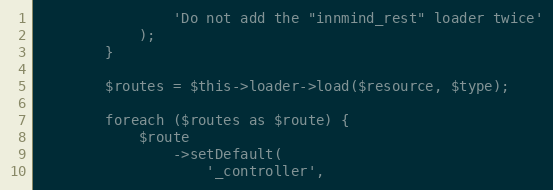
Language: PHP
                'Do not add the "innmind_rest" loader twice'
            );
        }

        $routes = $this->loader->load($resource, $type);

        foreach ($routes as $route) {
            $route
                ->setDefault(
                    '_controller',